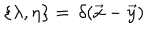
LaTeX: \{ \lambda , \eta \} = \, \delta ( \vec { x } - \vec { y } )